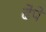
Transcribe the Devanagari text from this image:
ढेपे